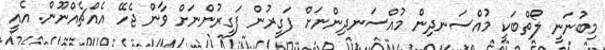
މިބުނަނީ ލޯތްބަކީ މުއްސަނދިން މުއްސަނދިންނަށް ފަގީރުން ފަގީރުންނަށް ވާން ޖެހޭ އެއްޗެއްނޫން. އެއީ